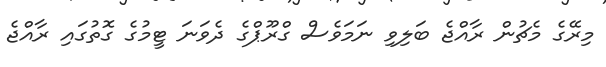
މިރޭގެ މެޗުން ރާއްޖެ ބަލިވި ނަމަވެސް ގްރޫޕްގެ ދެވަނަ ޓީމުގެ ގޮތުގައި ރާއްޖެ